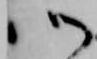
御